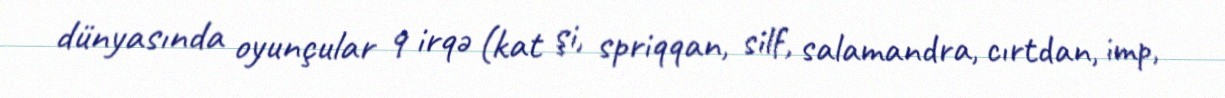
dünyasında oyunçular 9 irqə (kat şi, spriqqan, silf, salamandra, cırtdan, imp,